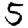
Digit: 5